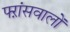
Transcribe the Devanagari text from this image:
फ्ऱांसवालों